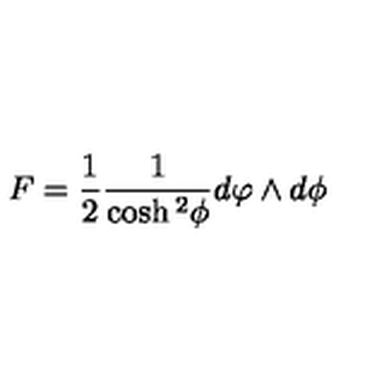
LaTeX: F = \frac { 1 } { 2 } \frac { 1 } { \cosh { ^ 2 } { \phi } } d \varphi \wedge d \phi